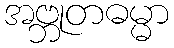
အဗ္ဘုတဓမ္မာ